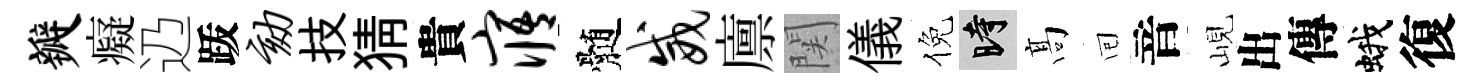
瓣癡辸䟦劾技猜貴寤髄威廪関儀倪时髙囘音峴出傳蛾復